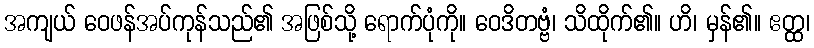
အကျယ် ဝေဖန်အပ်ကုန်သည်၏ အဖြစ်သို့ ရောက်ပုံကို။ ဝေဒိတဗ္ဗံ၊ သိထိုက်၏။ ဟိ၊ မှန်၏။ ဧတ္ထ၊